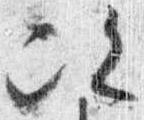
次